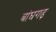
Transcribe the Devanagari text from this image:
बांघगढ़